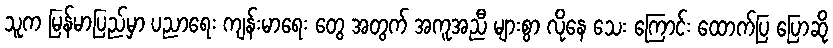
သူက မြန်မာပြည်မှာ ပညာရေး ကျန်းမာရေး တွေ အတွက် အကူအညီ များစွာ လိုနေ သေး ကြောင်း ထောက်ပြ ပြောဆို